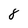
Character: 8